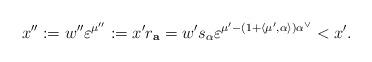
LaTeX: \begin{align*}x'' := w''\varepsilon^{\mu''}:= x'r_{\mathbf a} = w's_\alpha \varepsilon^{\mu'- (1+\langle\mu',\alpha\rangle)\alpha^\vee}<x'.\end{align*}